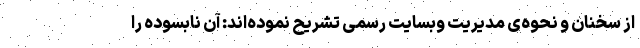
از سخنان و نحوه‌ی مدیریت وبسایت رسمی تشریح نموده‌اند: آن نابسوده را